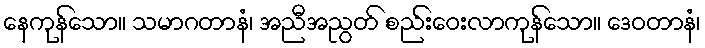
နေကုန်သော။ သမာဂတာနံ၊ အညီအညွတ် စည်းဝေးလာကုန်သော။ ဒေဝတာနံ၊